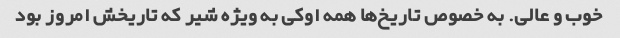
خوب و عالی. به خصوص تاریخ‌ها همه اوکی به ویژه شیر که تاریخش امروز بود